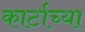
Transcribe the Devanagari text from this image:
कार्टाच्या